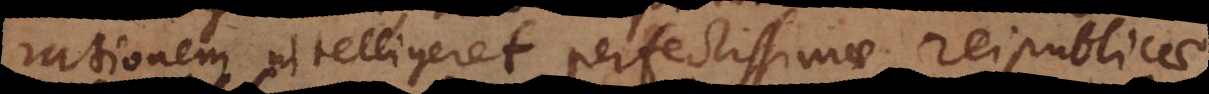
rationem intelligeret, perfectissimae reipublicae